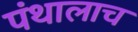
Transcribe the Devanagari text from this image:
पंथालाच